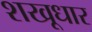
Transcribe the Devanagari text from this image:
शखूधार